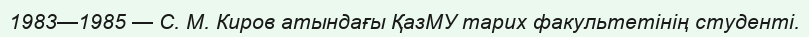
1983—1985 — С. М. Киров атындағы ҚазМУ тарих факультетінің студенті.